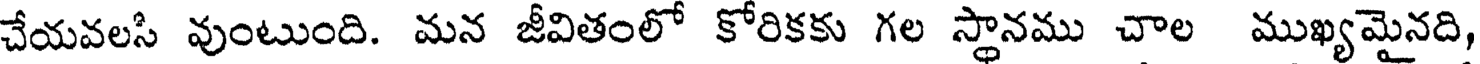
చేయవలసి వుంటుంది. మన జీవితంలో కోరికకు గల స్థానము చాల ముఖ్యమైనది,